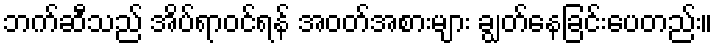
ဘက်ဆီသည် အိပ်ရာဝင်ရန် အဝတ်အစားများ ချွတ်နေခြင်းပေတည်း။